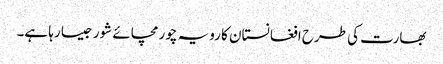
بھارت کی طرح افغانستان کا رویہ چور مچائے شور جیسا رہا ہے۔